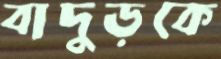
বাদুড়কে